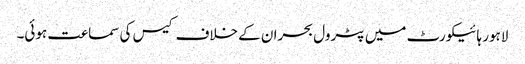
لاہور ہائیکورٹ میں پٹرول بحران کے خلاف کیس کی سماعت ہوئی۔